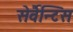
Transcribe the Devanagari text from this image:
सेर्वैन्टिस